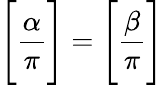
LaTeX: {\Bigg[}{\frac{\alpha}{\pi}}{\Bigg]}={\Bigg[}{\frac{\beta}{\pi}}{\Bigg]}